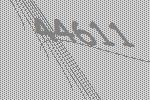
44611